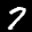
Label: 7